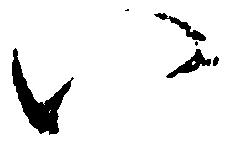
八